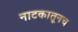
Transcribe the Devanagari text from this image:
नाटकातूनच